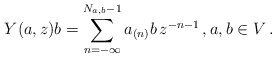
\begin{align*}Y(a,z)b = \sum_{n=-\infty}^{N_{a,b}-1} a_{(n)}b \, z^{-n-1} \,, a, b \in V \,.\end{align*}